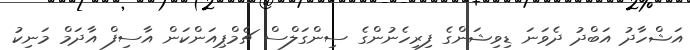
އަޝްހާދު އަބްދު ދެވަނަ ޑިވިޝަންގެ ފިރިހެނުންގެ ސިންގަލްސް ޗެމްޕިއަންކަން އާސިފް އާދަމް މަނިކު